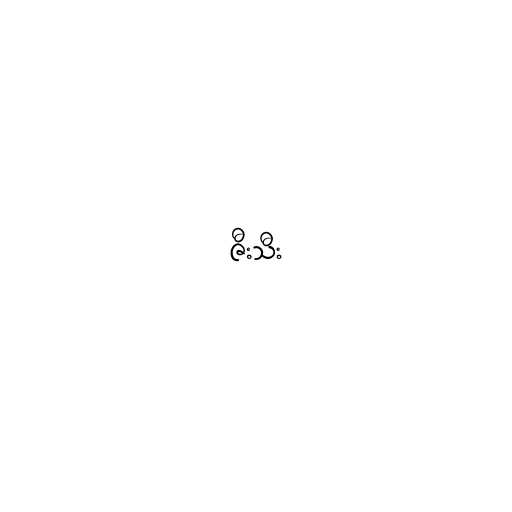
ဇီးသီး